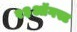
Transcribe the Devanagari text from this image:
२३ऑगस्ट